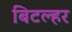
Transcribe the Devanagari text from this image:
बिटल्हर